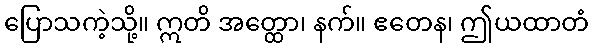
ပြောသကဲ့သို့။ ဣတိ အတ္ထော၊ နက်။ ဧတေန၊ ဤယထာတံ